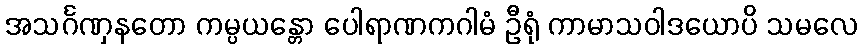
အသင်္ဂဏှနတော ကမ္ပယန္တော ပေါရာဏကဂါမံ ဦရုံ ကာမာသဝါဒယောပိ သမလေ